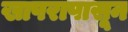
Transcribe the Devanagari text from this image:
खापरापासून